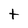
Character: t